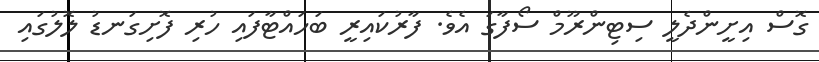
ގޮސް އިށީންދެލީ ސިޓިންރޫމް ސޯފާގަ އެވެ. ފާރުކައިރީ ބަހައްޓާފައި ހުރި ފޮށިގަނޑު ލޮލުގައި